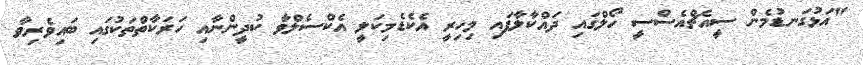
"އަޅުގަނޑުމެން ސީއެޗްއެސްސީ ހޯލްގައި ދައްކާލާފައި މިހިރީ އެކެޑެމިކަލީ އެކްސެލްވާ ކުދީންނާއި ހަރަކާތްތަކުގައި ބައިވެރިވާ